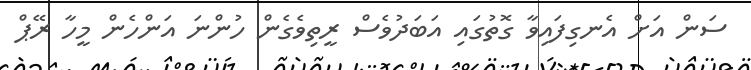
ސަން އަށް އެނގިފައިވާ ގޮތުގައި އަބަދުވެސް ރީތިވެގެން ހުންނަ އަންހެން މީހާ ރޭޕް